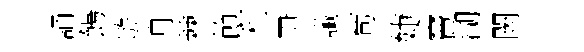
誦餳遊舟棘節利尹䜟苟婕竇湖闕